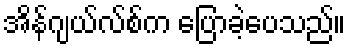
အိန်ဂျယ်လ်စ်က ပြောခဲ့ပေသည်။